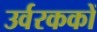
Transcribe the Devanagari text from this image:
उर्वरककों